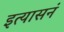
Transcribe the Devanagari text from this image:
इत्यासनं